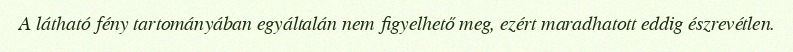
A látható fény tartományában egyáltalán nem figyelhető meg, ezért maradhatott eddig észrevétlen.